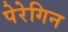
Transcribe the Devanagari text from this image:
पेरेगिन